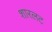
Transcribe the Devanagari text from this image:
शारलट